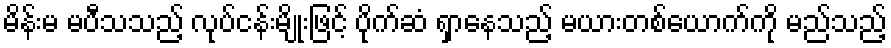
မိန်းမ မပီသသည့် လုပ်ငန်းမျိုးဖြင့် ပိုက်ဆံ ရှာနေသည့် မယားတစ်ယောက်ကို မည်သည့်